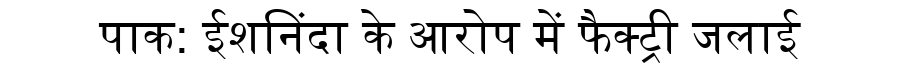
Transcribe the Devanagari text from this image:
पाक: ईशनिंदा के आरोप में फैक्ट्री जलाई